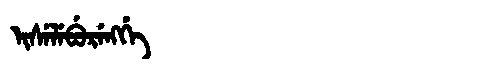
Manchu: ᡳᠰᡝᠯᡝᠪᡠᡵᡝᠩᡤᡝ
Romanization: ISELEBURENGGE